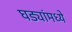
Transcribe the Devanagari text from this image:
घड्यांमध्ये